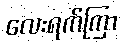
လေးရက်ကြာ